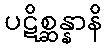
ပဋိစ္ဆန္နာနိ